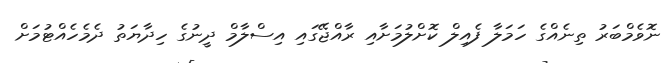
ނޮވެމްބަރު ތިނެއްގެ ހަމަލާ ފެއިލް ކޮށްލުމަށާއި ރާއްޖޭގައި އިސްލާމް ދީނުގެ ހިދާޔަތު ދެމެހެއްޓުމަށް